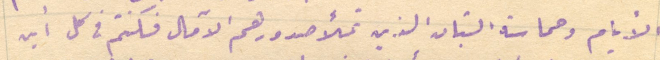
الأيام وحماسة الشبان الذين تملأ صدورهم الآمال فكنتم في كل أين